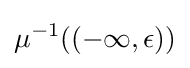
\mu ^{-1}((-\infty ,\epsilon ))